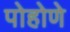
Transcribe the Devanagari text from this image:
पोहोणे